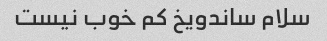
سلام ساندویخ کم خوب نیست